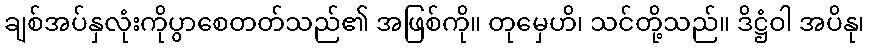
ချစ်အပ်နှလုံးကိုပွာစေတတ်သည်၏ အဖြစ်ကို။ တုမှေဟိ၊ သင်တို့သည်။ ဒိဋ္ဌံဝါ အပိနု၊